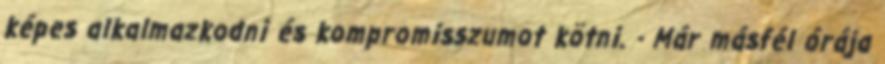
képes alkalmazkodni és kompromisszumot kötni. - Már másfél órája